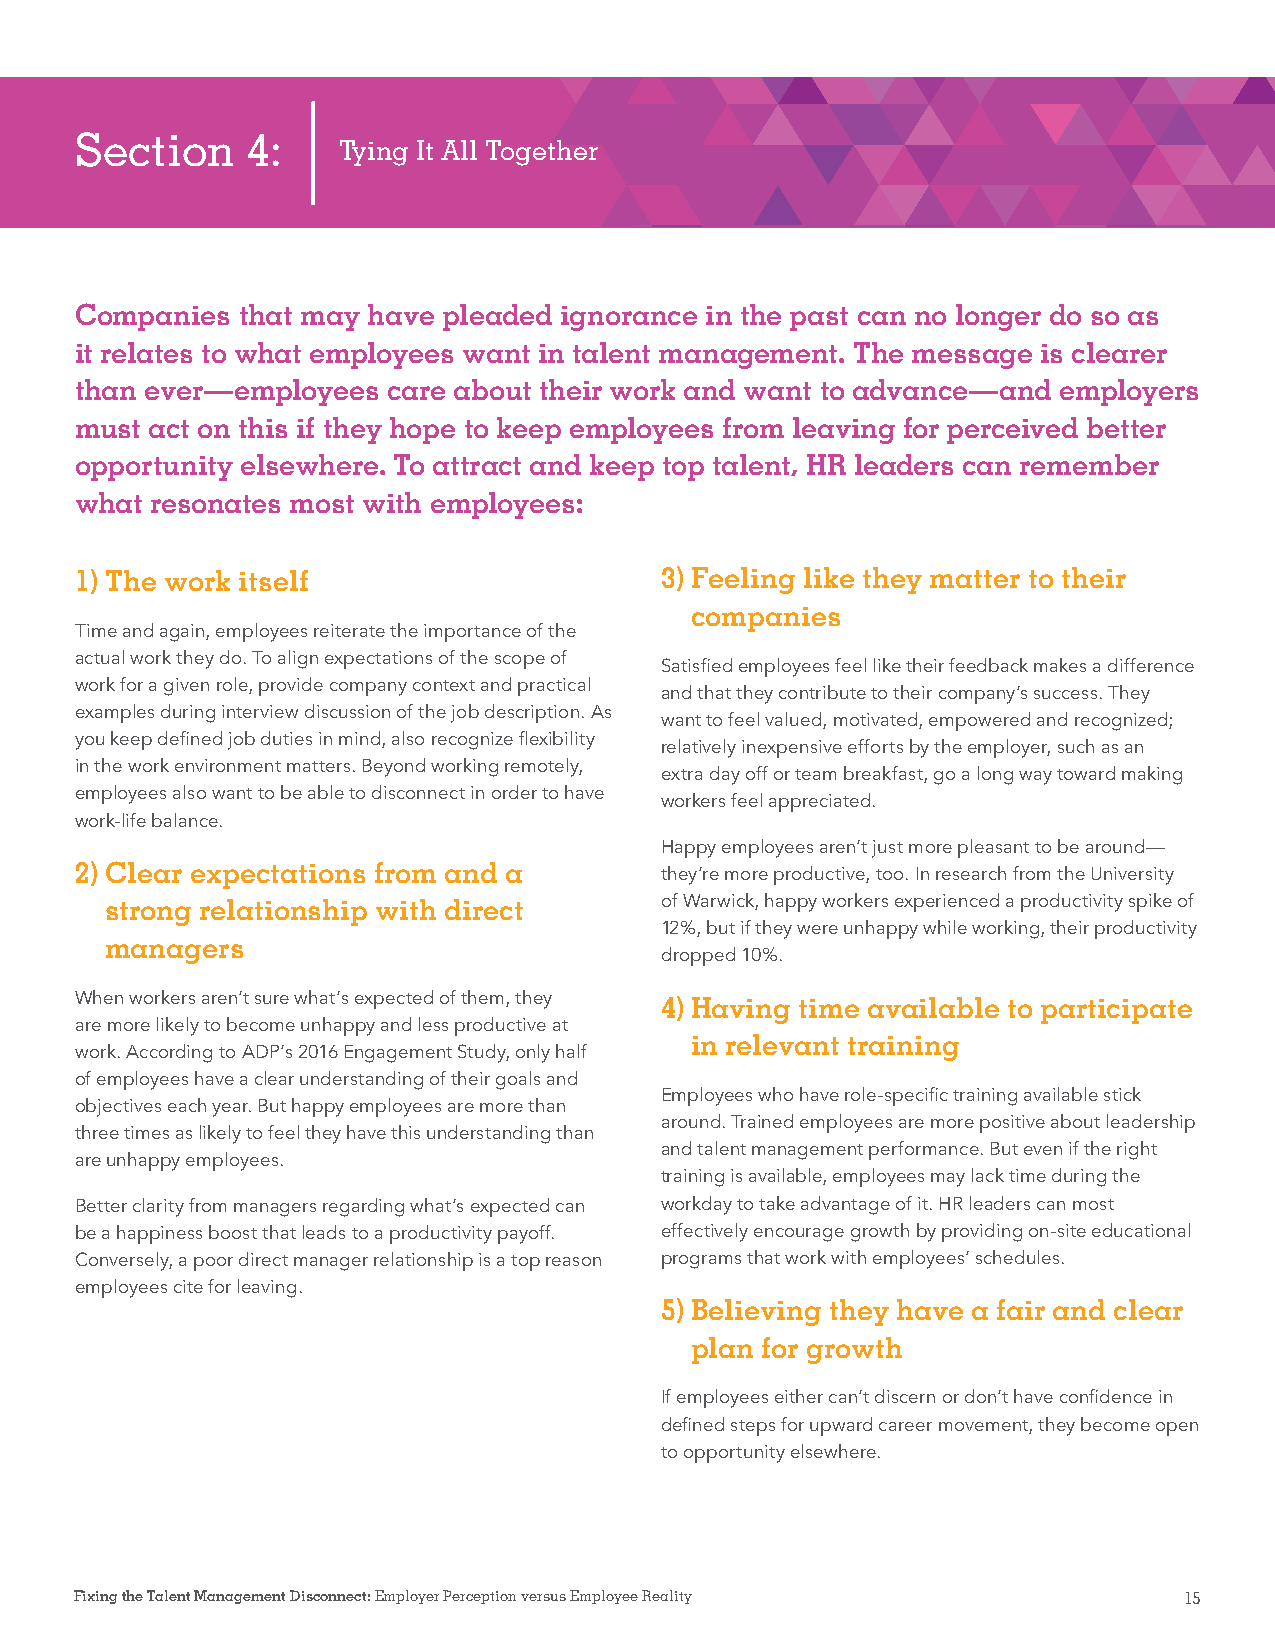
Section    4:
 Tying It All Together
 Companies  that may have pleaded ignorance in the past can no longer do so as
 it relates to what employees want in talent management. The message is clearer
 than ever—employees  care about their work and want to advance—and employers
 must act on this if they hope to keep employees from leaving for perceived better
 opportunity elsewhere. To attract and keep top talent, HR leaders can remember
 what resonates most with employees:
 1) The work itself                     3) Feeling like they matter to their
 companies
 Time and again, employees reiterate the importance of the
 actual work they do. To align expectations of the scope of
 Satisfied employees feel like their feedback makes a difference
 work for a given role, provide company context and practical
 and that they contribute to their company’s success. They
 examples during interview discussion of the job description. As
 want to feel valued, motivated, empowered and recognized;
 you keep defined job duties in mind, also recognize flexibility
 relatively inexpensive efforts by the employer, such as an
 in the work environment matters. Beyond working remotely,
 extra day off or team breakfast, go a long way toward making
 employees also want to be able to disconnect in order to have
 workers feel appreciated.
 work-life balance.
 Happy employees aren’t just more pleasant to be around—
 2) Clear expectations from and a       they’re more productive, too. In research from the University
 strong relationship with direct      of Warwick, happy workers experienced a productivity spike of
 12%, but if they were unhappy while working, their productivity
 managers
 dropped 10%.
 When workers aren’t sure what’s expected of them, they 4) Having time available to participate
 are more likely to become unhappy and less productive at
 in relevant training
 work. According to ADP’s 2016 Engagement Study, only half
 of employees have a clear understanding of their goals and
 Employees who have role-specific training available stick
 objectives each year. But happy employees are more than
 around. Trained employees are more positive about leadership
 three times as likely to feel they have this understanding than
 and talent management performance. But even if the right
 are unhappy employees.
 training is available, employees may lack time during the
 Better clarity from managers regarding what’s expected can workday to take advantage of it. HR leaders can most
 be a happiness boost that leads to a productivity payoff. effectively encourage growth by providing on-site educational
 Conversely, a poor direct manager relationship is a top reason programs that work with employees’ schedules.
 employees cite for leaving.
 5) Believing they have a fair and clear
 plan for growth
 If employees either can’t discern or don’t have confidence in
 defined steps for upward career movement, they become open
 to opportunity elsewhere.
 Fixing the Talent Management Disconnect: Employer Perception versus Employee Reality 15